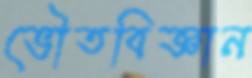
ভৌতবিজ্ঞান